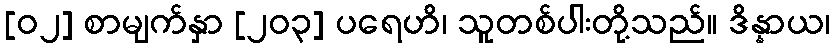
[၀၂] စာမျက်နှာ [၂၀၃] ပရေဟိ၊ သူတစ်ပါးတို့သည်။ ဒိန္နာယ၊